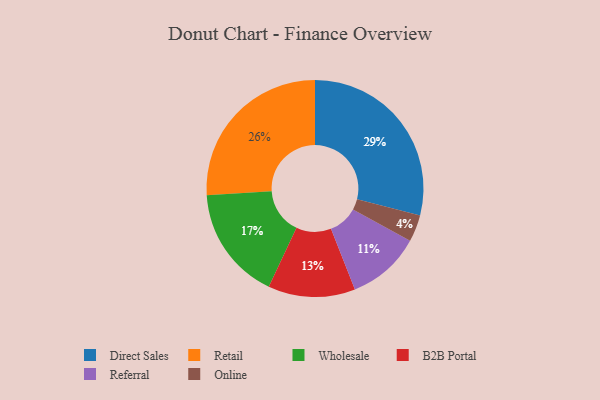
{"axis": {"x": "Category", "y": "Percentage"}, "legend": ["B2B Portal", "Direct Sales", "Online", "Referral", "Retail", "Wholesale"], "data": [{"x": "B2B Portal", "y": 13, "type": "B2B Portal"}, {"x": "Retail", "y": 26, "type": "Retail"}, {"x": "Wholesale", "y": 17, "type": "Wholesale"}, {"x": "Referral", "y": 11, "type": "Referral"}, {"x": "Direct Sales", "y": 29, "type": "Direct Sales"}, {"x": "Online", "y": 4, "type": "Online"}]}